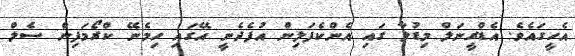
އެހީގައެވެ. އެޑްރީނަލް މިޑުލާ ގައި އެންކެފަލިން އުފެދެނީ އޭގައި ހިމެނޭ ކްރޯމަފިން ސެލް